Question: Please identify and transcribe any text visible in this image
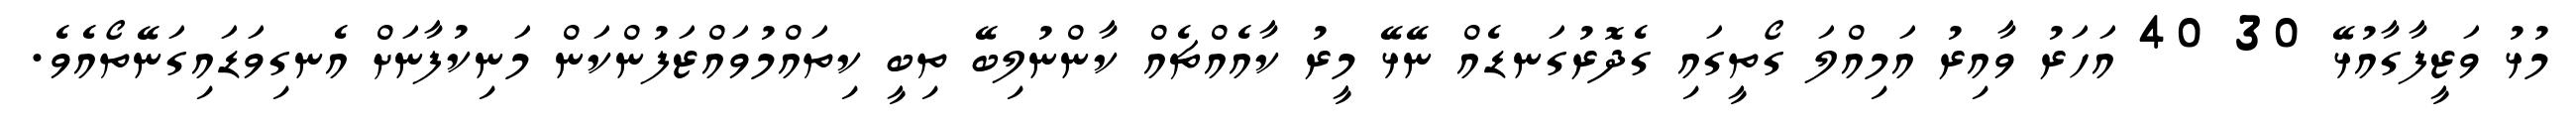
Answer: މުޅު ވަޒީފާގާއުޅޭ 30 40 އަހަރު ވާއިރު އަމިއްލަ ގޯތީގައި ގެދޮރުގަނޑެއް ނޭޅޭ މީރު ކާއެއްޗެއް ކާންނުލިބޭ ތިބީ ކިތައްމުވައްޒަފުންކަން މަނިކުފާނަށް އެނގިވަޑައިގަނޭތޯއެވެ.